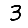
Digit: 3